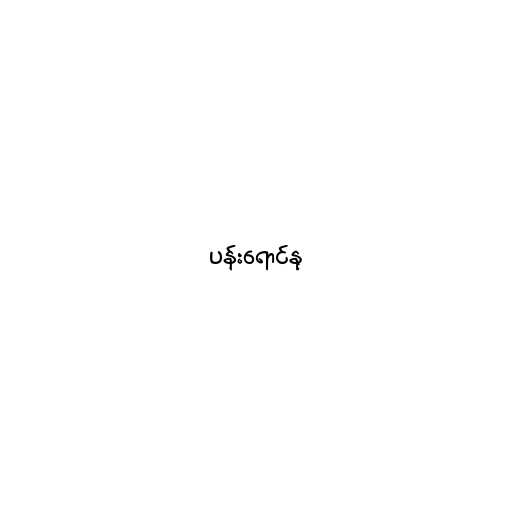
ပန်းရောင်နု